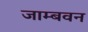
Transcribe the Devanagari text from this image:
जाम्बवन